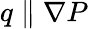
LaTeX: q\parallel\nabla P